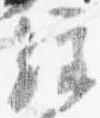
経